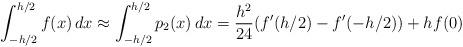
LaTeX: \begin{align*} \int_{-h/2}^{h/2}f(x)\,dx \approx \int_{-h/2}^{h/2} p_2(x)\,dx = \frac{h^2}{24}(f'(h/2)-f'(-h/2)) + h f(0)\end{align*}